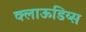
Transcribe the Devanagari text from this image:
क्लाऊडिय्स